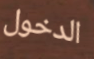
الدخول